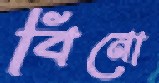
বিনো